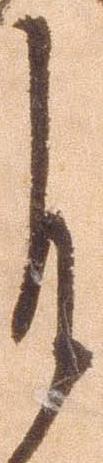
自